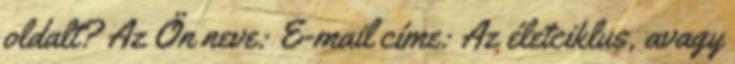
oldalt? Az Ön neve: E-mail címe: Az életciklus, avagy